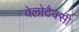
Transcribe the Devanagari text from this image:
वेलोटैक्सी